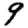
Digit: 9